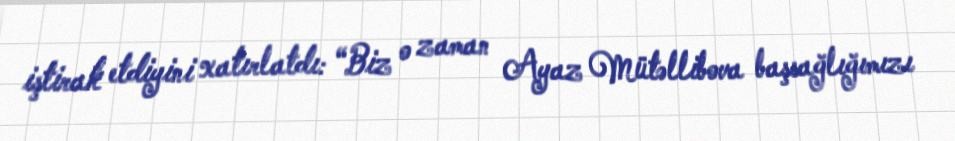
iştirak etdiyini xatırlatdı: “Biz o zaman Ayaz Mütəllibova başsağlığımızı